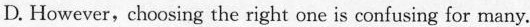
D. However, choosing the right one is confusing for many.